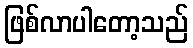
ဖြစ်လာပါတော့သည်